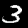
Digit: 3